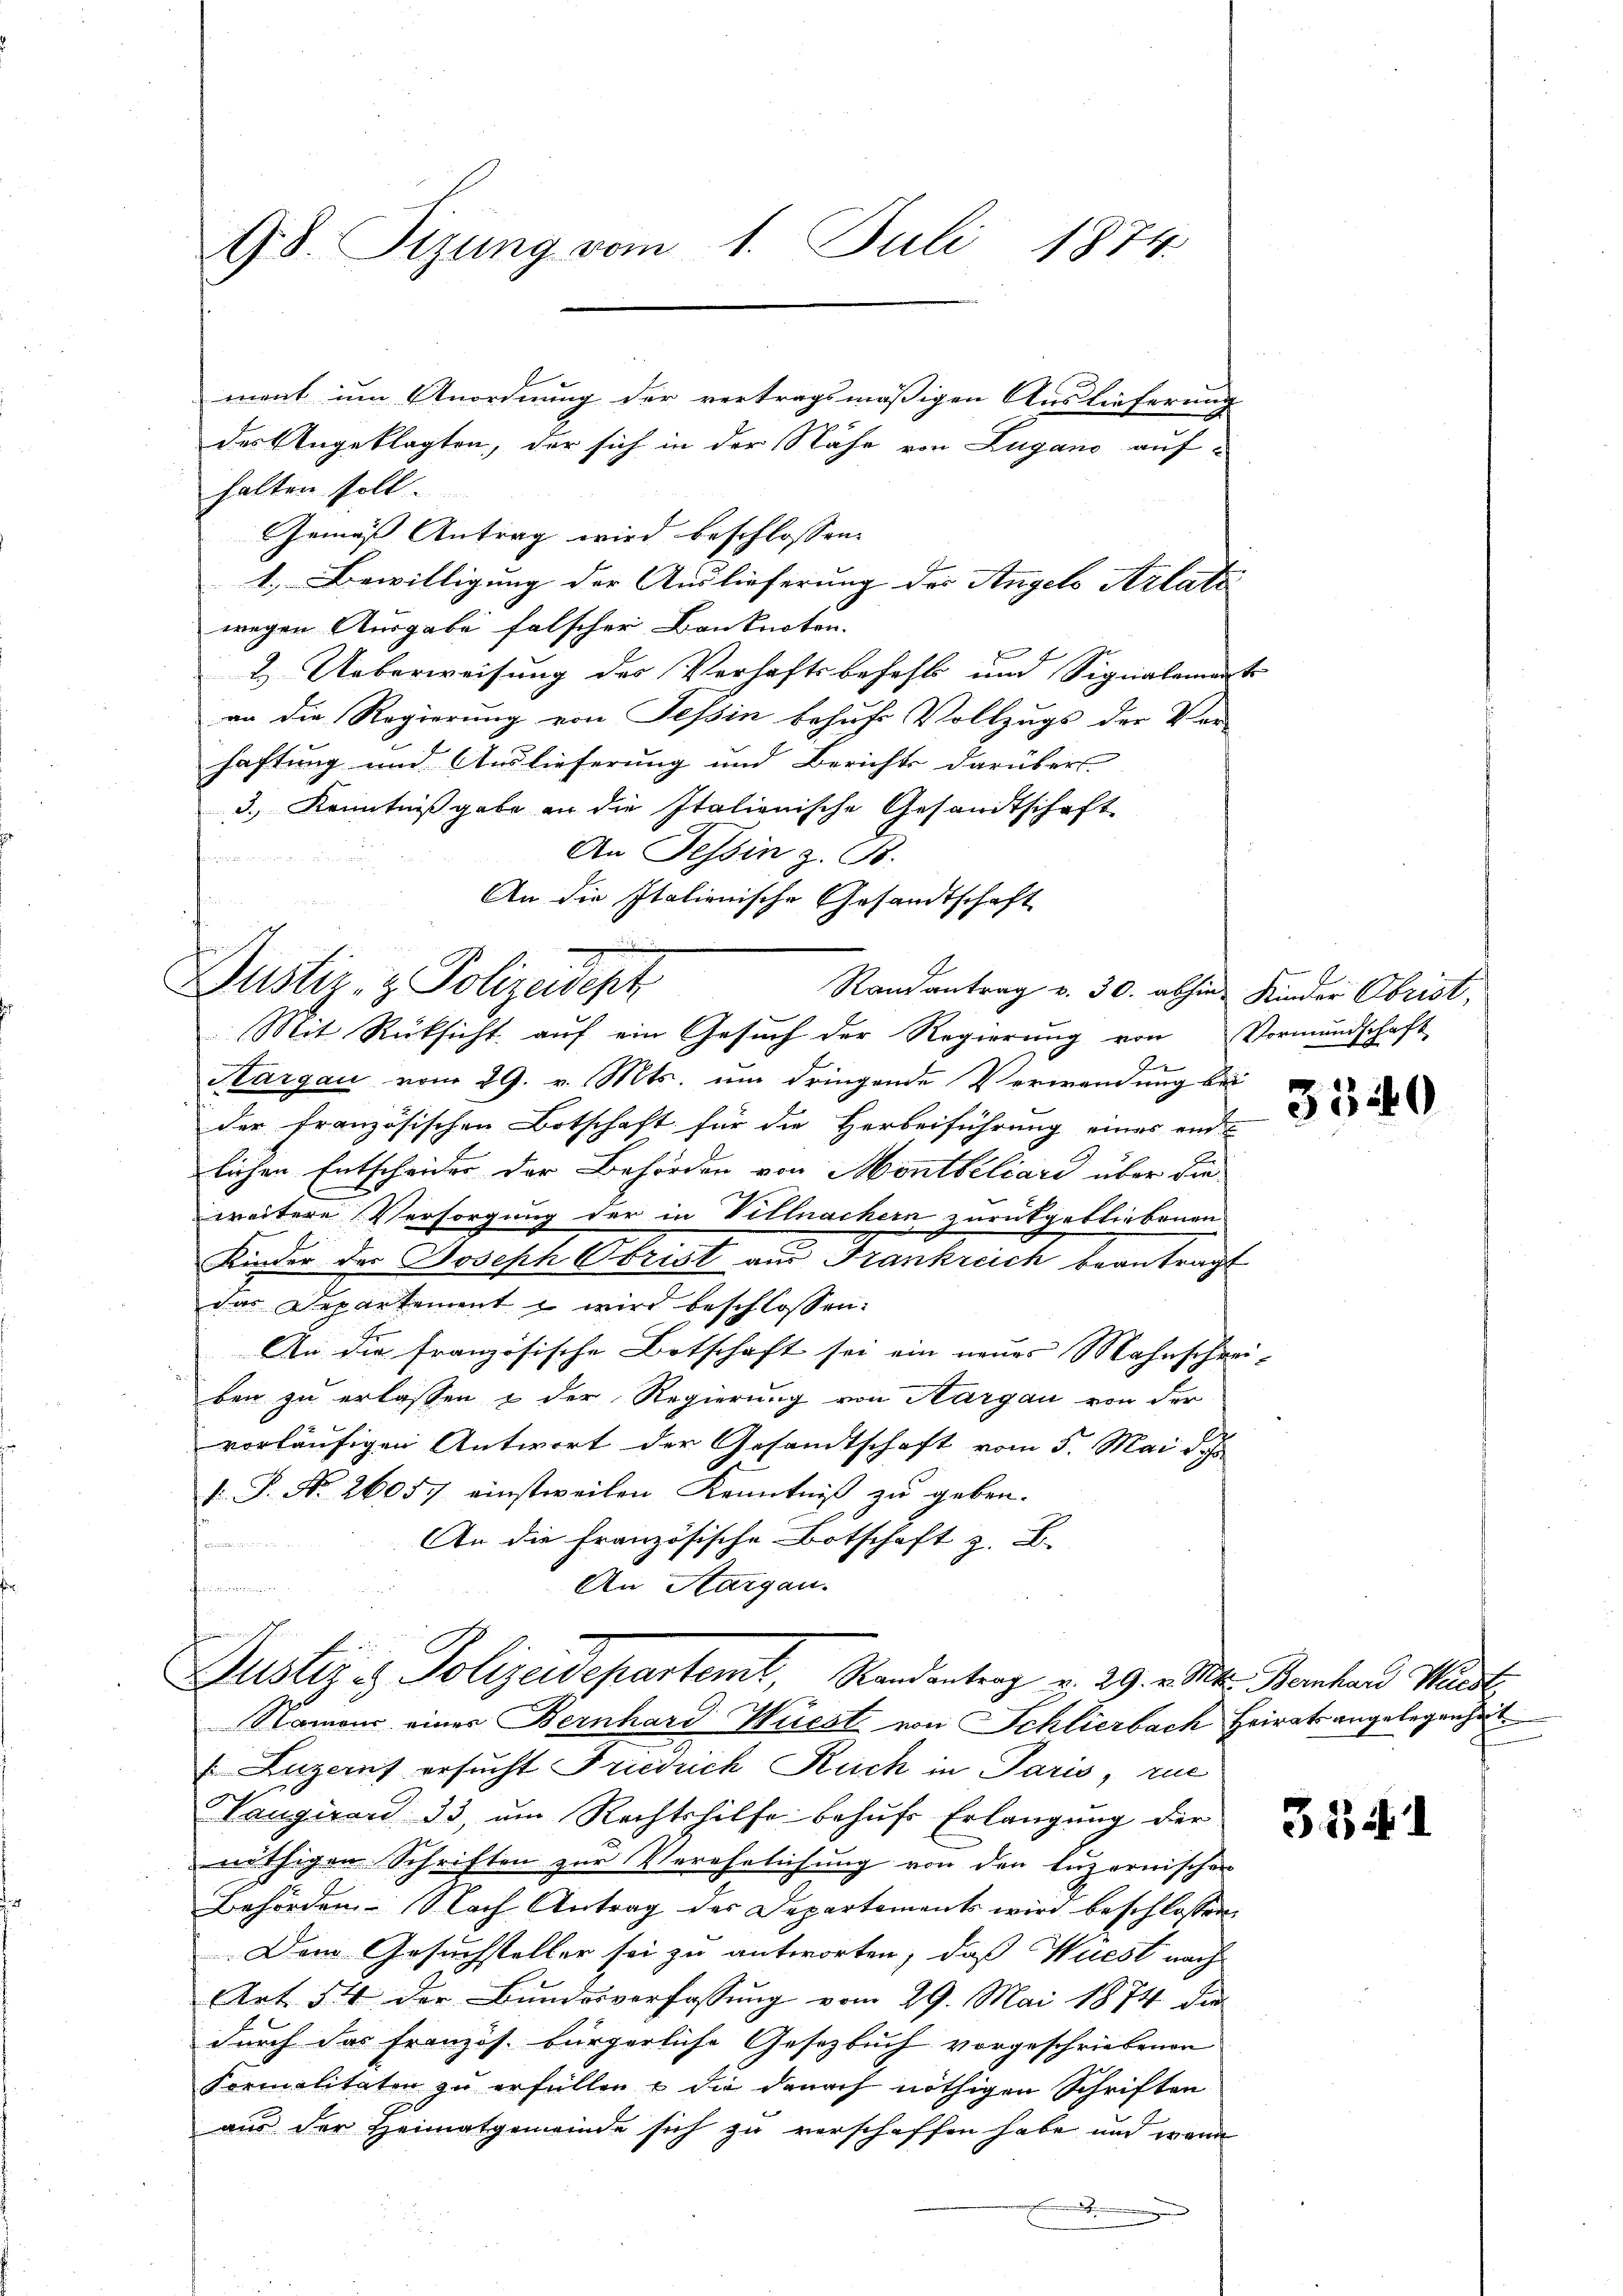
98. Sizung vom 1. Juli 1874

Duster- & Polizeidigt

ment um Anordnung der vertragsmäßigen Auslieferung
des Angeklagten, der sich in der Nähe von Zugano auf
halten soll.
Gemäß Antrag wird beschlossen:
1. Bewilligung der Auslieferung der Angels Arlatz
wegen Ausgabe falscher Banknoten.
2. Ueberweisung des Verhaftsbefehls und Signalemat
an die Regierung von Tessin behufs Vollzugs der Ver-
haftung und Auslieferung und Berichts darüber
3.) Kenntnißgabe an die Italienische Gesandtschaft
An Tessin z. B.
An die Italienische Gesandtschaft
Randantrag v. 30. abhin Kinder Obrist,
Mit Rücksicht auf ein Gesuch der Regierung von Vormundschaft
Aargau vom 29. v. Mts. um dringende Verwendung bei
der französischen Botschaft für die Herbeiführung eines eid
lichen Entscheider der Behörden von Montbeliare über die
weitere Versorgung der in Villnachern zurückgebliebenen
Kinder der Joseph Obrist aus Frankreich beantragt.
das Departement wird beschlossen:
An die französische Botschaft sei ein neues Mahnscheri-
ben zu erlassen & der Regierung von Aargau von der
vorläufigen Antwort der Gesamtschaft vom 5. Mai d.
[ P. Nr. 26057 einstweilen Kenntniß zu geben.
An die französische Botschaft z. B.
hammen
An Aargau.

Justiz & Polizeidepartemt, Randantrag v. 29. v. Mts. Bernhard Waadt,

Namon eines Bernhard Wüest von Schlierbach Heirats angelegenheit
Luzerns ersucht Friedrich Ruch in Paris, zue
Tangirard 33, um Rechtshilfe behufs Erlangung der
nöthigen Schriften zur Verehelichung von den luzerwischen
Behörden. - Nach Antrag des Departements wird beschlossen:
Dem Gesuchsteller sei zu antworten, daß Wuest nach
Art 54 der Bundesverfassung vom 29. Mai 1874 die
durch das französ. bürgerliche Gesetzbuch vorgeschriebenen
Formalitäten zu erfüllen & die danach nöthigen Schriften
aus der Heimatgemeinde sich zu verschaffen habe und wenn
.

3340

334. 1